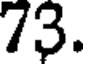
73.